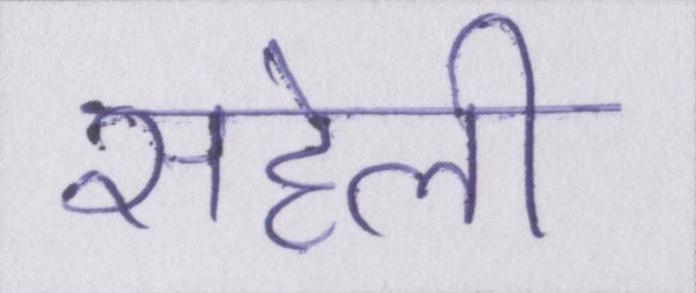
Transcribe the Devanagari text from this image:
सहेली